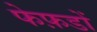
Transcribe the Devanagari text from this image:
फेफ़डों